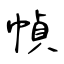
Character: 幀